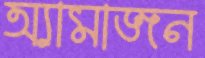
অ্যামাজন